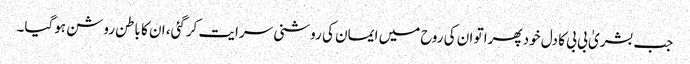
جب بشریٰ بی بی کا دل خود پھرا تو ان کی روح میں ایمان کی روشنی سرایت کرگئی، ان کا باطن روشن ہوگیا۔